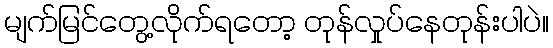
မျက်မြင်တွေ့လိုက်ရတော့ တုန်လှုပ်နေတုန်းပါပဲ။